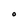
Character: O